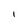
Character: I